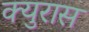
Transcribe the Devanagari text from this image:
क्युरास